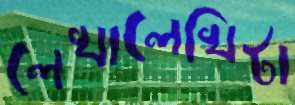
লেখালেখিটা